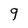
Character: 9